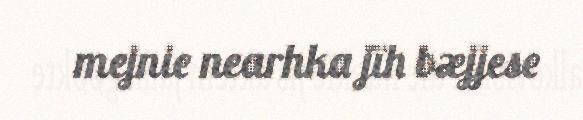
mejnie nearhka jïh bæjjese